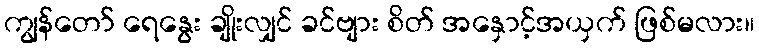
ကျွန်တော် ရေနွေး ချိုးလျှင် ခင်ဗျား စိတ် အနှောင့်အယှက် ဖြစ်မလား။